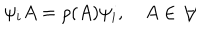
\psi _ { i } A = \rho ( A ) \psi _ { i } , \quad A \in \mathcal { A }